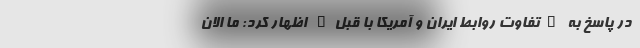
در پاسخ به "تفاوت روابط ایران و آمریکا با قبل" اظهار کرد: ما الان